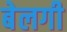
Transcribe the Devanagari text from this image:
बेलगी